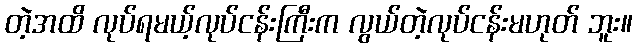
တဲ့အထိ လုပ်ရမယ့်လုပ်ငန်းကြီးက လွယ်တဲ့လုပ်ငန်းမဟုတ် ဘူး။